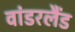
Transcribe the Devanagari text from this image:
वांडरलैंड